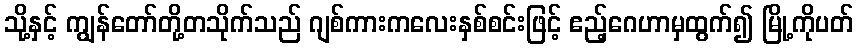
သို့နှင့် ကျွန်တော်တို့တသိုက်သည် ဂျစ်ကားကလေးနှစ်စင်းဖြင့် ဧည့်ဂေဟာမှထွက်၍ မြို့ကိုပတ်